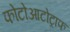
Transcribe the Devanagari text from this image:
फोटोआटोट्राफ